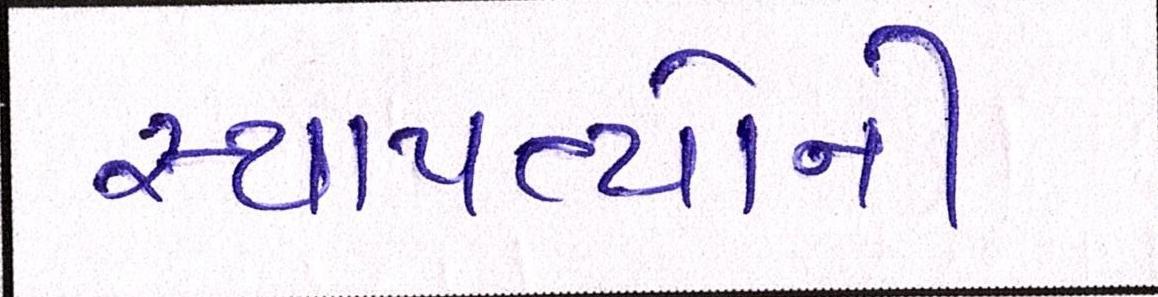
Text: સ્થાપત્યોની